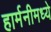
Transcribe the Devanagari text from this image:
हार्मनीमध्ये